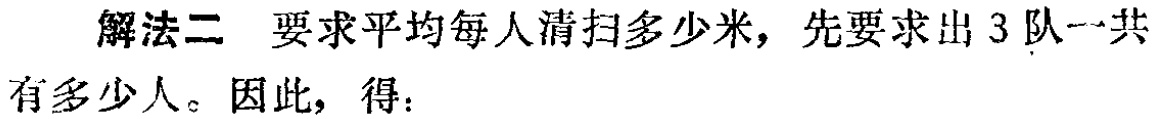
解法二 要求平均每人清扫多少米，先要求出 3 队一共有多少人。因此，得：